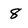
Character: 8